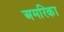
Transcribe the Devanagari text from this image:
अमरिका